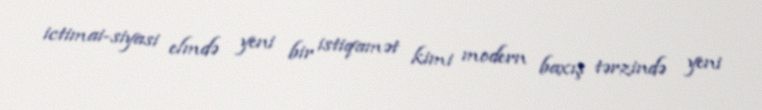
ictimai-siyasi elmdə yeni bir istiqamət kimi modern baxış tərzində yeni